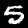
Label: 5